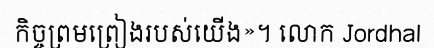
កិច្ចព្រមព្រៀងរបស់យើង»។ លោក Jordhal